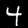
Label: 4